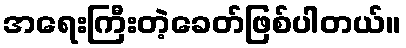
အရေးကြီးတဲ့ခေတ်ဖြစ်ပါတယ်။